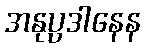
အနုပ္ပဒါနေန